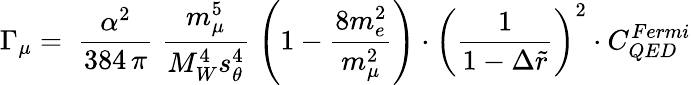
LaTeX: \Gamma_{\mu}=\; \frac{\alpha^{2}}{384\, \pi}\; \frac{m_{\mu}^{5}}{M_{W}^{4}s_{\theta}^{4}}\; \left(1-\frac{8m_{e}^{2}}{m_{\mu}^{2}}\right)\cdot\left(\frac{1}{1-\Delta\tilde{r}}\right)^{2}\cdot C_{QED}^{Fermi}